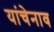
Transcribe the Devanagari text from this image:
यांचेनाव